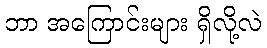
ဘာ အကြောင်းများ ရှိလို့လဲ